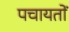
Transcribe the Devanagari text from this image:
पचायतों